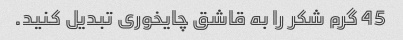
45 گرم شکر را به قاشق چایخوری تبدیل کنید.